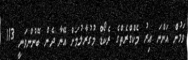
ވަމުން އަންނަ އިރު މެކްގްރެތްގެ ރެކޯޑް މުގުރާލުމަށް އޭނާ ދެން ބޭނުންވަނީ 113